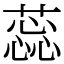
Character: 蕊